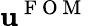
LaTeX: \mathbf{u}^{\mathrm{~F~O~M~}}